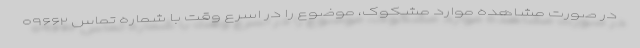
در صورت مشاهده موارد مشکوک، موضوع را در اسرع وقت با شماره تماس ۰۹۶۶۲